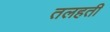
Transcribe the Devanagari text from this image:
तलहती